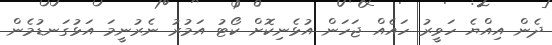
ދެން އިއްޔެ ހަވީރު ހައެއް ޖަހަން އުޅެނިކޮށް ކޯޓު އަމުރު ނެރުނީމަ އަޅުގަނޑުމެން